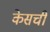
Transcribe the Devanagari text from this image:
केसची